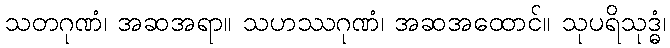
သတဂုဏံ၊ အဆအရာ။ သဟဿဂုဏံ၊ အဆအထောင်။ သုပရိသုဒ္ဓံ၊